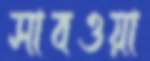
সাবওয়া